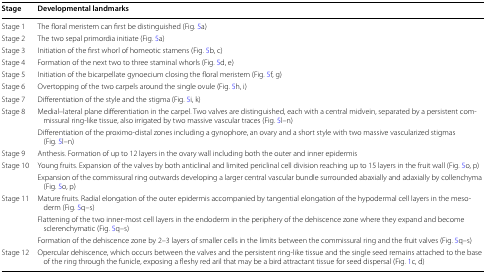
<table><thead><tr><td><b>Stage</b></td><td><b>Developmental landmarks</b></td></tr></thead><tbody><tr><td>Stage 1</td><td>The floral meristem can first be distinguished (Fig. 5a)</td></tr><tr><td>Stage 2</td><td>The two sepal primordia initiate (Fig. 5a)</td></tr><tr><td>Stage 3</td><td>Initiation of the first whorl of homeotic stamens (Fig. 5b, c)</td></tr><tr><td>Stage 4</td><td>Formation of the next two to three staminal whorls (Fig. 5d, e)</td></tr><tr><td>Stage 5</td><td>Initiation of the bicarpellate gynoecium closing the floral meristem (Fig. 5f, g)</td></tr><tr><td>Stage 6</td><td>Overtopping of the two carpels around the single ovule (Fig. 5h, i)</td></tr><tr><td>Stage 7</td><td>Differentiation of the style and the stigma (Fig. 5i, k)</td></tr><tr><td rowspan="2">Stage 8</td><td>Medial–lateral plane differentiation in the carpel. Two valves are distinguished, each with a central midvein, separated by a persistent commissural ring-like tissue, also irrigated by two massive vascular traces (Fig. 5l–n)</td></tr><tr><td>Differentiation of the proximo-distal zones including a gynophore, an ovary and a short style with two massive vascularized stigmas (Fig. 5l–n)</td></tr><tr><td>Stage 9</td><td>Anthesis. Formation of up to 12 layers in the ovary wall including both the outer and inner epidermis</td></tr><tr><td rowspan="2">Stage 10</td><td>Young fruits. Expansion of the valves by both anticlinal and limited periclinal cell division reaching up to 15 layers in the fruit wall (Fig. 5o, p)</td></tr><tr><td>Expansion of the commissural ring outwards developing a larger central vascular bundle surrounded abaxially and adaxially by collenchyma (Fig. 5o, p)</td></tr><tr><td rowspan="3">Stage 11</td><td>Mature fruits. Radial elongation of the outer epidermis accompanied by tangential elongation of the hypodermal cell layers in the mesoderm (Fig. 5q–s)</td></tr><tr><td>Flattening of the two inner-most cell layers in the endoderm in the periphery of the dehiscence zone where they expand and become sclerenchymatic (Fig. 5q–s)</td></tr><tr><td>Formation of the dehiscence zone by 2–3 layers of smaller cells in the limits between the commissural ring and the fruit valves (Fig. 5q–s)</td></tr><tr><td>Stage 12</td><td>Opercular dehiscence, which occurs between the valves and the persistent ring-like tissue and the single seed remains attached to the base of the ring through the funicle, exposing a fleshy red aril that may be a bird attractant tissue for seed dispersal (Fig. 1c, d)</td></tr></tbody></table>